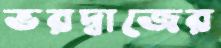
ভরদ্বাজের